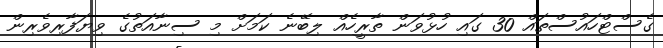
ގެސްޓްހައުސްތައް 30 ގައި ހުޅުވަން ތާރީހެއް ލިބޭނެ ކަމަށް މި ސިނާއަތުގެ ވިޔަފާރިވެރިން